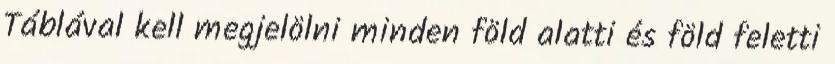
Táblával kell megjelölni minden föld alatti és föld feletti